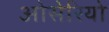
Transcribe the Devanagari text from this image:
ओसेरियो